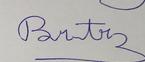
Signature authenticity: forged